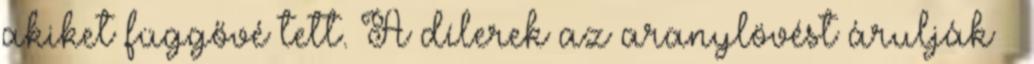
akiket függővé tett. A dílerek az aranylövést árulják –